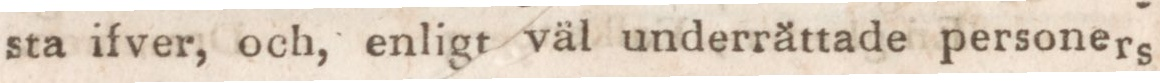
sta ifver, och, enligt väl underrăttade personers